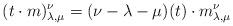
LaTeX: \begin{align*}(t \cdot m)_{\lambda, \mu}^\nu = (\nu - \lambda - \mu)(t) \cdot m_{\lambda,\mu}^\nu\end{align*}